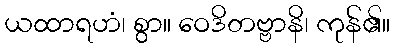
ယထာရဟံ၊ စွာ။ ဝေဒိတဗ္ဗာနိ၊ ကုန်၏။